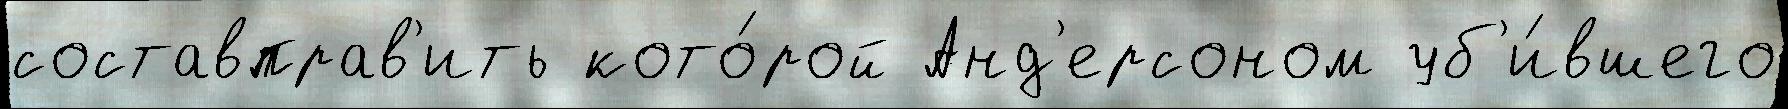
составправ'ить кото́рой Анд'ерсоном уб'и́вшего